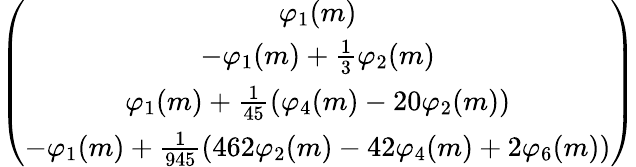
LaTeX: \begin{array}{r}{\left(\begin{array}{c}{\varphi_{1}(m)}\\ {-\varphi_{1}(m)+\frac{1}{3}\varphi_{2}(m)}\\ {\varphi_{1}(m)+\frac{1}{45}(\varphi_{4}(m)-20\varphi_{2}(m))}\\ {-\varphi_{1}(m)+\frac{1}{945}(462\varphi_{2}(m)-42\varphi_{4}(m)+2\varphi_{6}(m))}\end{array}\right)}\end{array}